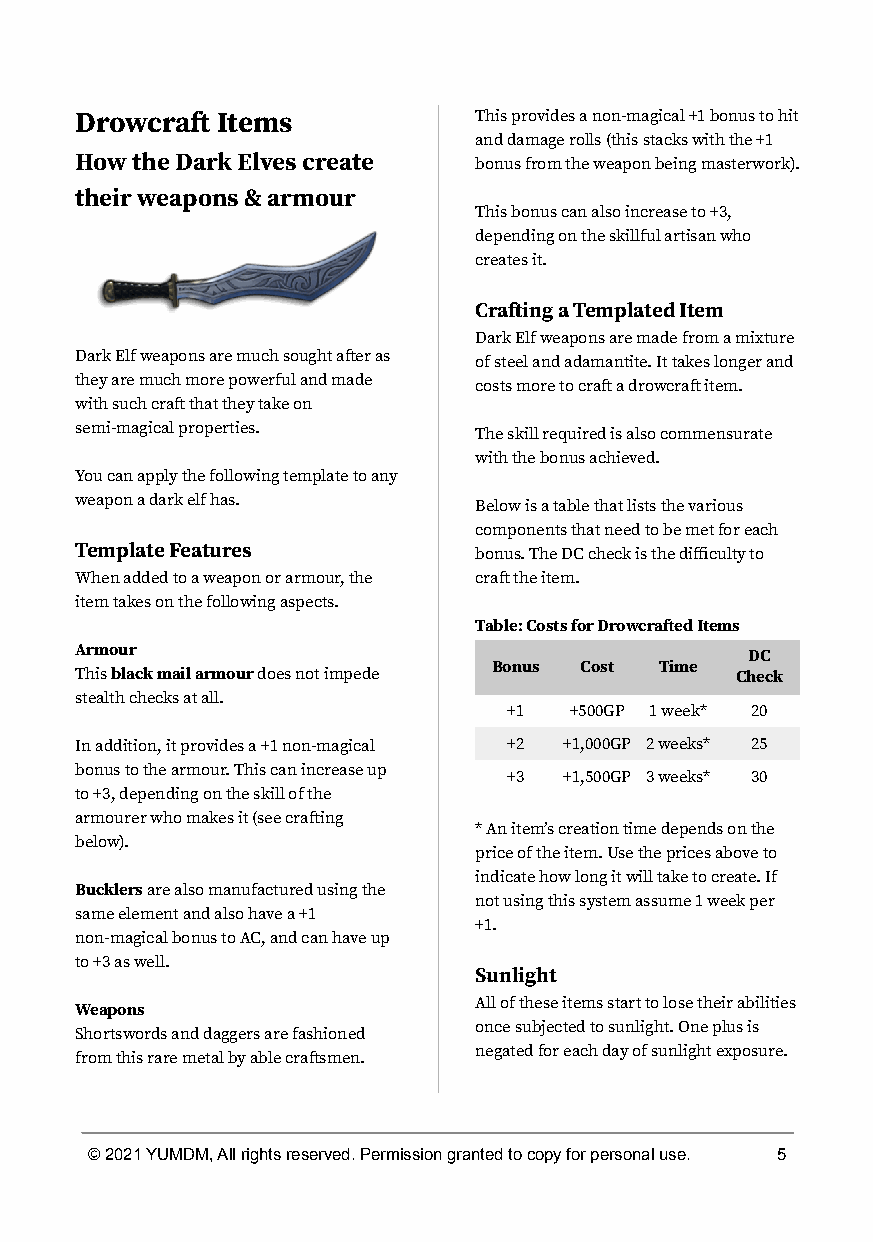
Drowcra Items            This provides a non-magical +1 bonus to hit
 and damage rolls (this stacks with the +1
 How the Dark Elves create bonus from the weapon being masterwork).
 their weapons & armour
 This bonus can also increase to +3,
 depending on the skillful artisan who
 creates it.
 Craing a Templated Item
 Dark Elf weapons are made from a mixture
 Dark Elf weapons are much sought aer as of steel and adamantite. It takes longer and
 they are much more powerful and made costs more to cra a drowcra item.
 with such cra that they take on
 semi-magical properties.  The skill required is also commensurate
 with the bonus achieved.
 You can apply the following template to any
 weapon a dark elf has.    Below is a table that lists the various
 components that need to be met for each
 Template Features         bonus. The DC check is the difficulty to
 When added to a weapon or armour, the cra the item.
 item takes on the following aspects.
 Table: Costs for Drowcraed Items
 Armour
 DC
 Bonus Cost Time
 Thisblack mail armourdoes not impede        Check
 stealth checks at all.
 +1  +500GP 1 week* 20
 In addition, it provides a +1 non-magical +2 +1,000GP 2 weeks* 25
 bonus to the armour. This can increase up
 +3 +1,500GP 3 weeks* 30
 to +3, depending on the skill of the
 armourer who makes it (see craing
 * An itemʼs creation time depends on the
 below).
 price of the item. Use the prices above to
 indicate how long it will take to create. If
 Bucklersare also manufactured using the
 not using this system assume 1 week per
 same element and also have a +1
 +1.
 non-magical bonus to AC, and can have up
 to +3 as well.
 Sunlight
 All of these items start to lose their abilities
 Weapons
 once subjected to sunlight. One plus is
 Shortswords and daggers are fashioned
 negated for each day of sunlight exposure.
 from this rare metal by able crasmen.
 © 2021 YUMDM, All rights reserved. Permission granted to copy for personal use. 5